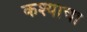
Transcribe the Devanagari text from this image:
कश्याचा